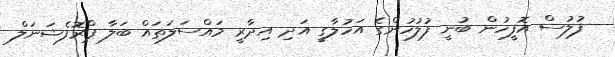
ފުލުސް އޮފީހުން ބުނީ ފުލުހުންގެ އަހުލާގީ އަދި އިދާރީ މައްސަލަތައް ބަލާ ޕްރޮފެޝަނަލް